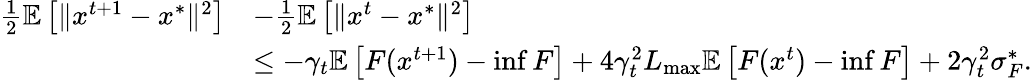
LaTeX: \begin{array}{rl}{\frac{1}{2}\mathbb{E}\left[\Vert x^{t+1}-x^{*}\Vert^{2}\right]}&{-\frac{1}{2}\mathbb{E}\left[\Vert x^{t}-x^{*}\Vert^{2}\right]}\\ &{\leq-\gamma_{t}\mathbb{E}\left[F(x^{t+1})-\operatorname*{inf}F\right]+4\gamma_{t}^{2}L_{\operatorname*{max}}\mathbb{E}\left[F(x^{t})-\operatorname*{inf}F\right]+2\gamma_{t}^{2}\sigma_{F}^{*}.}\end{array}